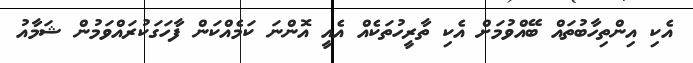
އެކި އިންތިހާބުތައް ބޭއްވުމަށް އެކި ތާރީހުތަކެއް އެއީ އޮންނަ ކަމެއްކަން ފާހަގަކުރައްވަމުން ޝަމާއު